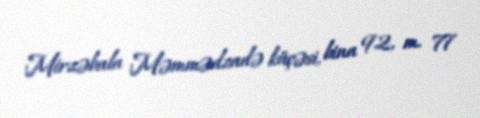
Mirzəbala Məmmədzadə küçəsi, bina 92, m. 77